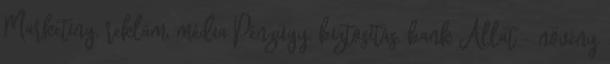
Marketing, reklám, média Pénzügy, biztosítás, bank Állat - növény